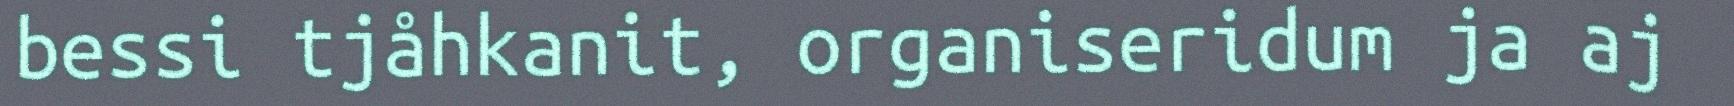
bessi tjåhkanit, organiseridum ja aj